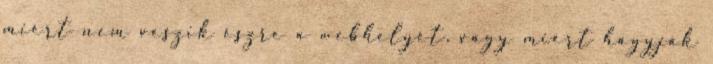
miért nem veszik észre a webhelyét, vagy miért hagyják